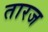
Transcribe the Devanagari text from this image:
तारज